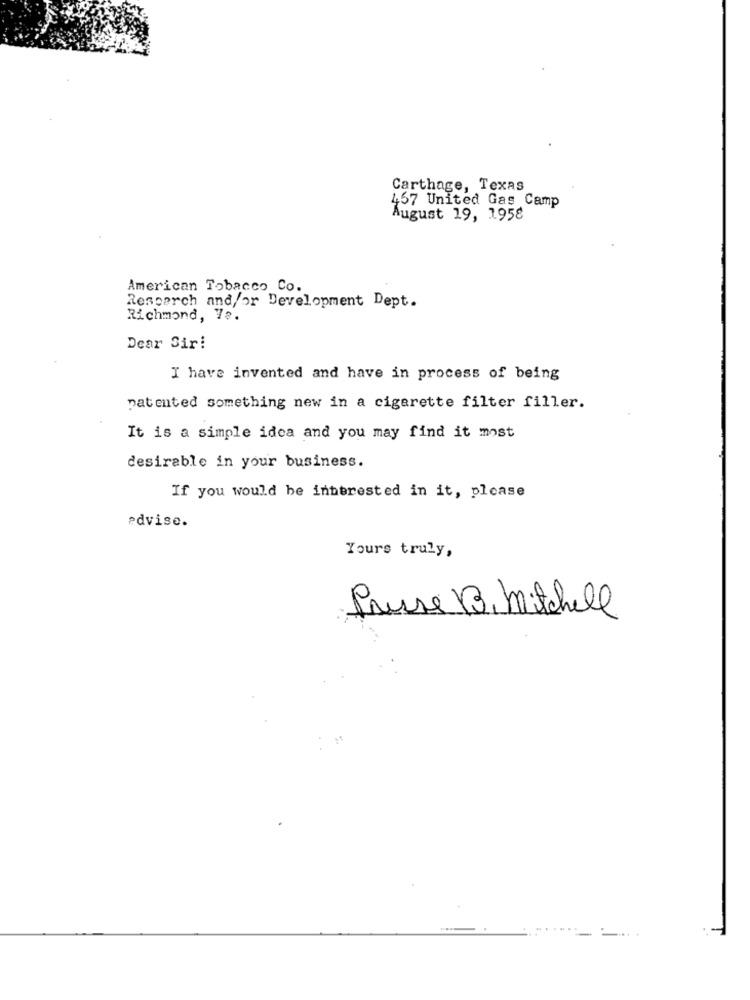
Carthage, Texas
457 United Gas Camp
August 19, 1958
American Tobacco Co.
Research and/or Development Dept.
Richmond, Ye.
Dear Sir!
I have invented and have in process of being
patented something new in a cigarette filter filler.
It is a simple idea and you may find it most
desirable in your business.
If you would be interested in it, please
advise.
Yours truly,
Presse B. Mitchell